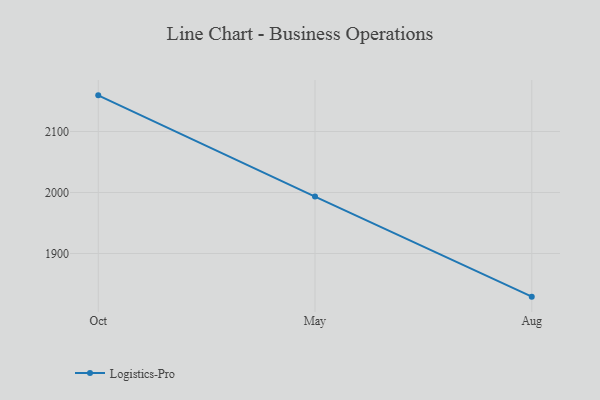
{"axis": {"x": "Month", "y": "Gross Profit (USD K)"}, "legend": ["Logistics-Pro"], "data": [{"x": "Oct", "y": 2159.2, "type": "Logistics-Pro"}, {"x": "May", "y": 1993.3, "type": "Logistics-Pro"}, {"x": "Aug", "y": 1829.3, "type": "Logistics-Pro"}]}